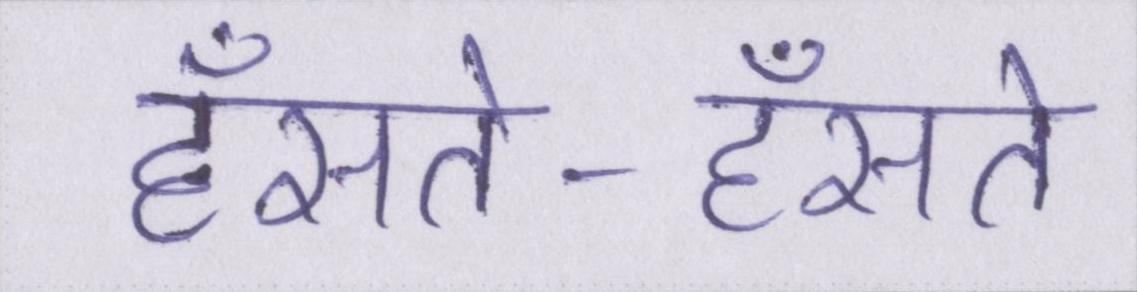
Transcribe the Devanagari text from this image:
हँसते-हँसते